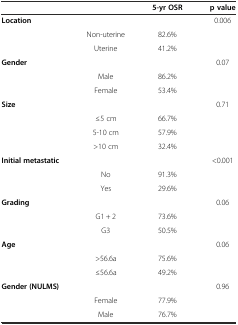
|  |  | 5-yr OSR | p value |
 | --- | --- | --- | --- |
 | Location |  |  | 0.006 |
 |  | Non-uterine | 82.6% |  |
 |  | Uterine | 41.2% |  |
 | Gender |  |  | 0.07 |
 |  | Male | 86.2% |  |
 |  | Female | 53.4% |  |
 | Size |  |  | 0.71 |
 |  | ≤5 cm | 66.7% |  |
 |  | 5-10 cm | 57.9% |  |
 |  | >10 cm | 32.4% |  |
 | Initial metastatic |  |  | <0.001 |
 |  | No | 91.3% |  |
 |  | Yes | 29.6% |  |
 | Grading |  |  | 0.06 |
 |  | G1 + 2 | 73.6% |  |
 |  | G3 | 50.5% |  |
 | Age |  |  | 0.06 |
 |  | >56.6a | 75.6% |  |
 |  | ≤56.6a | 49.2% |  |
 | Gender (NULMS) |  |  | 0.96 |
 |  | Female | 77.9% |  |
 |  | Male | 76.7% |  |